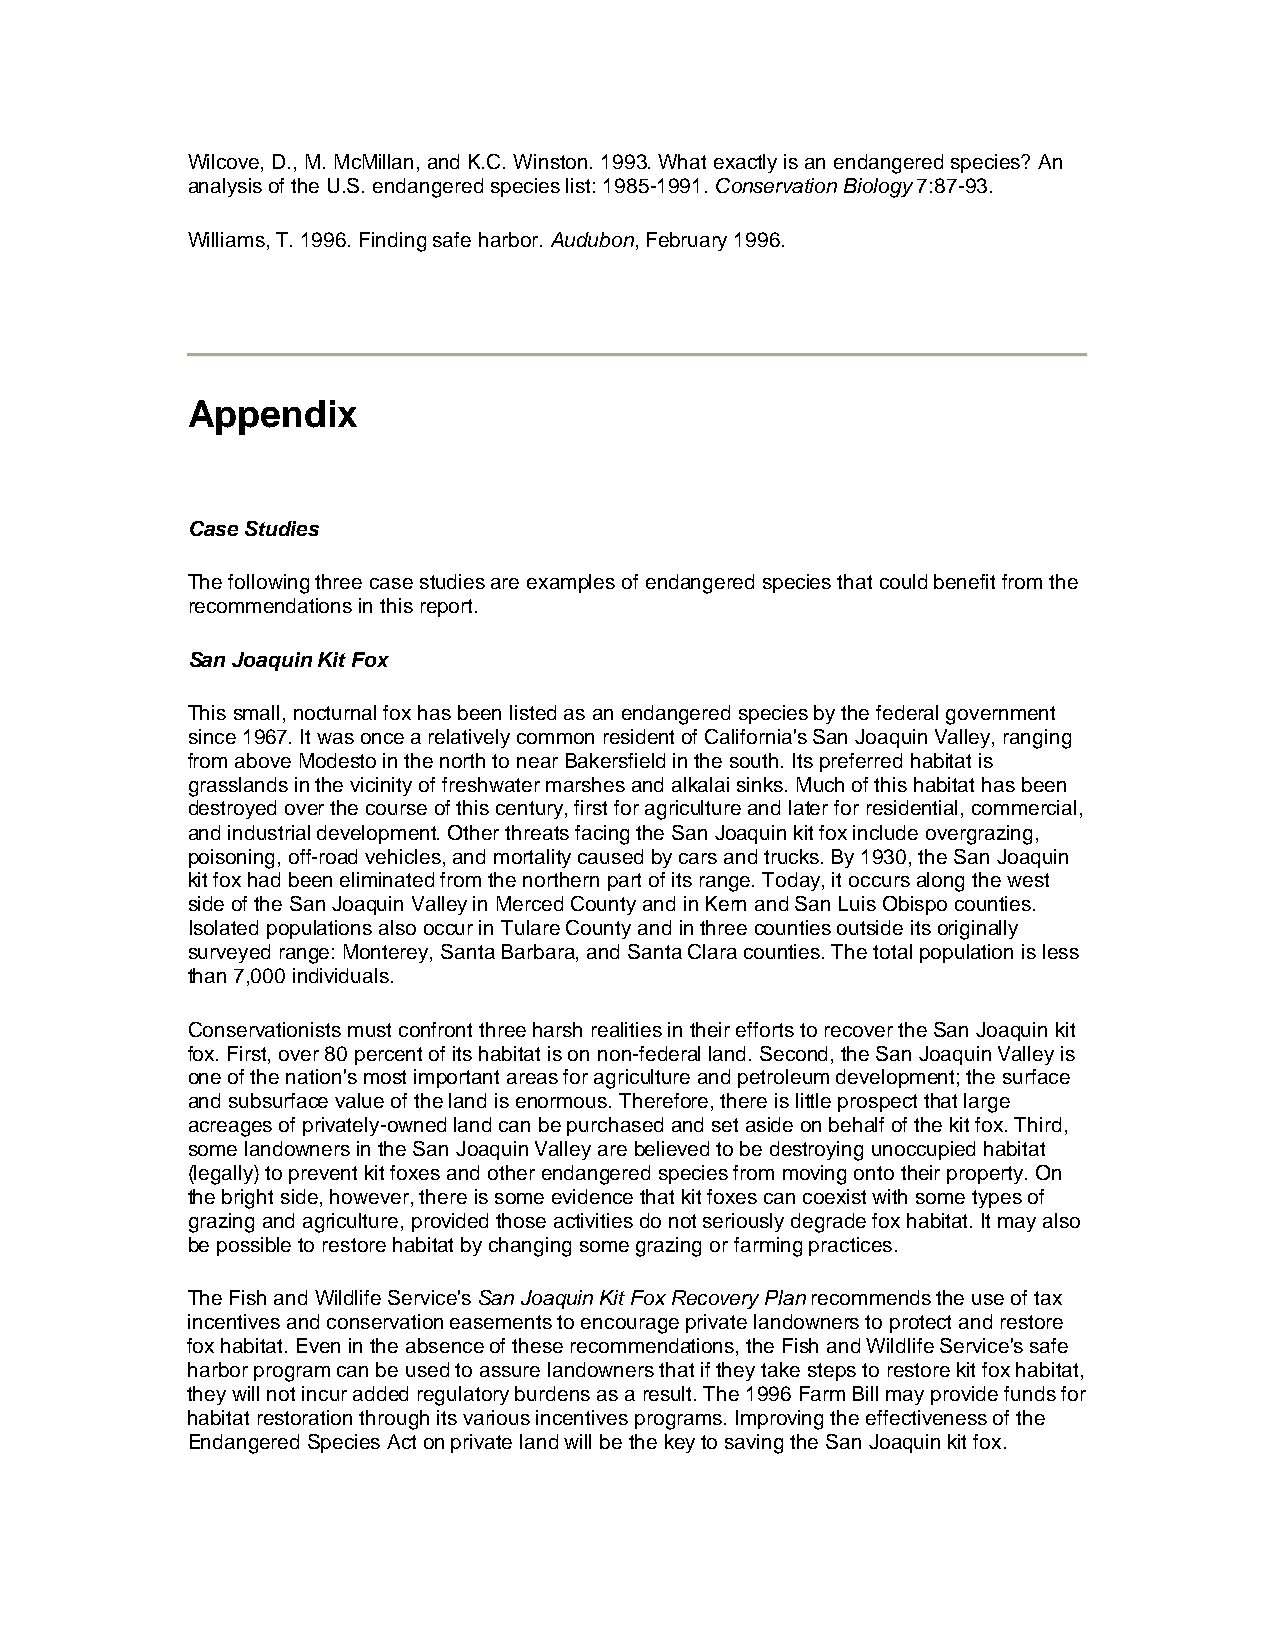
Wilcove, D., M. McMillan, and K.C. Winston. 1993. What exactly is an endangered species? An
 analysis of the U.S. endangered species list: 1985-1991. Conservation Biology 7:87-93.
 Williams, T. 1996. Finding safe harbor. Audubon, February 1996.
 Appendix
 Case Studies
 The following three case studies are examples of endangered species that could benefit from the
 recommendations in this report.
 San Joaquin Kit Fox
 This small, nocturnal fox has been listed as an endangered species by the federal government
 since 1967. It was once a relatively common resident of California's San Joaquin Valley, ranging
 from above Modesto in the north to near Bakersfield in the south. Its preferred habitat is
 grasslands in the vicinity of freshwater marshes and alkalai sinks. Much of this habitat has been
 destroyed over the course of this century, first for agriculture and later for residential, commercial,
 and industrial development. Other threats facing the San Joaquin kit fox include overgrazing,
 poisoning, off-road vehicles, and mortality caused by cars and trucks. By 1930, the San Joaquin
 kit fox had been eliminated from the northern part of its range. Today, it occurs along the west
 side of the San Joaquin Valley in Merced County and in Kern and San Luis Obispo counties.
 Isolated populations also occur in Tulare County and in three counties outside its originally
 surveyed range: Monterey, Santa Barbara, and Santa Clara counties. The total population is less
 than 7,000 individuals.
 Conservationists must confront three harsh realities in their efforts to recover the San Joaquin kit
 fox. First, over 80 percent of its habitat is on non-federal land. Second, the San Joaquin Valley is
 one of the nation's most important areas for agriculture and petroleum development; the surface
 and subsurface value of the land is enormous. Therefore, there is little prospect that large
 acreages of privately-owned land can be purchased and set aside on behalf of the kit fox. Third,
 some landowners in the San Joaquin Valley are believed to be destroying unoccupied habitat
 (legally) to prevent kit foxes and other endangered species from moving onto their property. On
 the bright side, however, there is some evidence that kit foxes can coexist with some types of
 grazing and agriculture, provided those activities do not seriously degrade fox habitat. It may also
 be possible to restore habitat by changing some grazing or farming practices.
 The Fish and Wildlife Service's San Joaquin Kit Fox Recovery Plan recommends the use of tax
 incentives and conservation easements to encourage private landowners to protect and restore
 fox habitat. Even in the absence of these recommendations, the Fish and Wildlife Service's safe
 harbor program can be used to assure landowners that if they take steps to restore kit fox habitat,
 they will not incur added regulatory burdens as a result. The 1996 Farm Bill may provide funds for
 habitat restoration through its various incentives programs. Improving the effectiveness of the
 Endangered Species Act on private land will be the key to saving the San Joaquin kit fox.